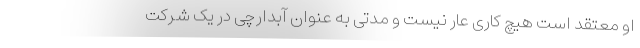
او معتقد است هیچ کاری عار نیست و مدتی به عنوان آبدارچی در یک شرکت